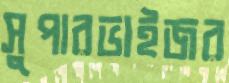
সুপারভাইজর